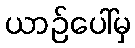
ယာဉ်ပေါ်မှ